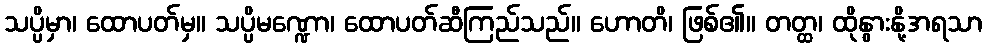
သပ္ပိမှာ၊ ထောပတ်မှ။ သပ္ပိမဏ္ဍော၊ ထောပတ်ဆီကြည်သည်။ ဟောတိ၊ ဖြစ်၏။ တတ္ထ၊ ထိုနွားနို့အရသာ